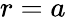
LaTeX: r=a